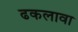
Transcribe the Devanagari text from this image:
ढकलावा